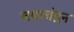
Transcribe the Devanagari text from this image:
जयाचंद्रन